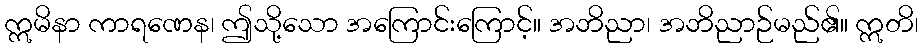
ဣမိနာ ကာရဏေန၊ ဤသို့သော အကြောင်းကြောင့်။ အဘိညာ၊ အဘိညာဉ်မည်၏။ ဣတိ၊